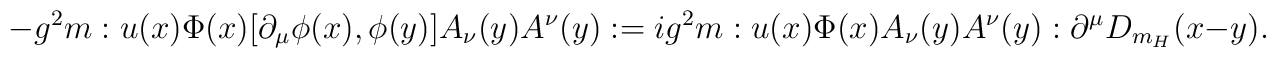
-g^2 m :u(x)\Phi(x)[\partial_\mu \phi(x),\phi(y)]A_\nu(y)A^\nu(y):=ig^2m:u(x)\Phi(x)A_\nu(y)A^\nu(y):\partial^\mu D_{m_H} (x-y).